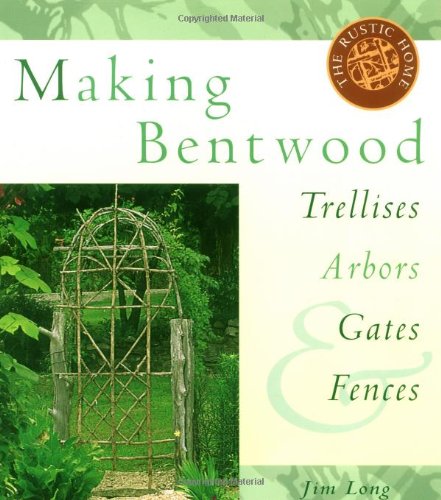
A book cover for Making Bentwood Trellises, Arbors, Gates & Fences (Rustic Home Series); Jim Long; Crafts, Hobbies & Home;